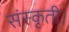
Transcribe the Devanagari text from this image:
संस्कृती।